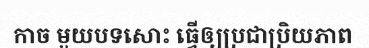
កាច មួយបទសោះ ធ្វើឲ្យប្រជាប្រិយភាព